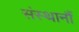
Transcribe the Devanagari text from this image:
संस्थानौं